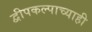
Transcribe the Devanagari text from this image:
द्वीपकल्पाच्याही